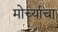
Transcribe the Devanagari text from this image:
मोर्च्याचा